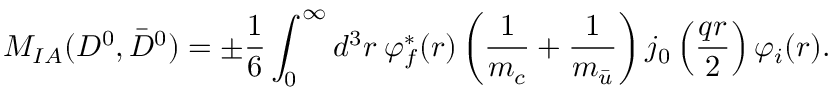
{ \cal M } _ { I A } ( D ^ { 0 } , \bar { D } ^ { 0 } ) = \pm \frac { 1 } { 6 } \int _ { 0 } ^ { \infty } d ^ { 3 } r \: \varphi _ { f } ^ { * } ( r ) \left( \frac { 1 } { m _ { c } } + \frac { 1 } { m _ { \bar { u } } } \right) j _ { 0 } \left( \frac { q r } { 2 } \right) \varphi _ { i } ( r ) .